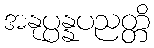
အနုပ္ပန္နပညတ္တိ